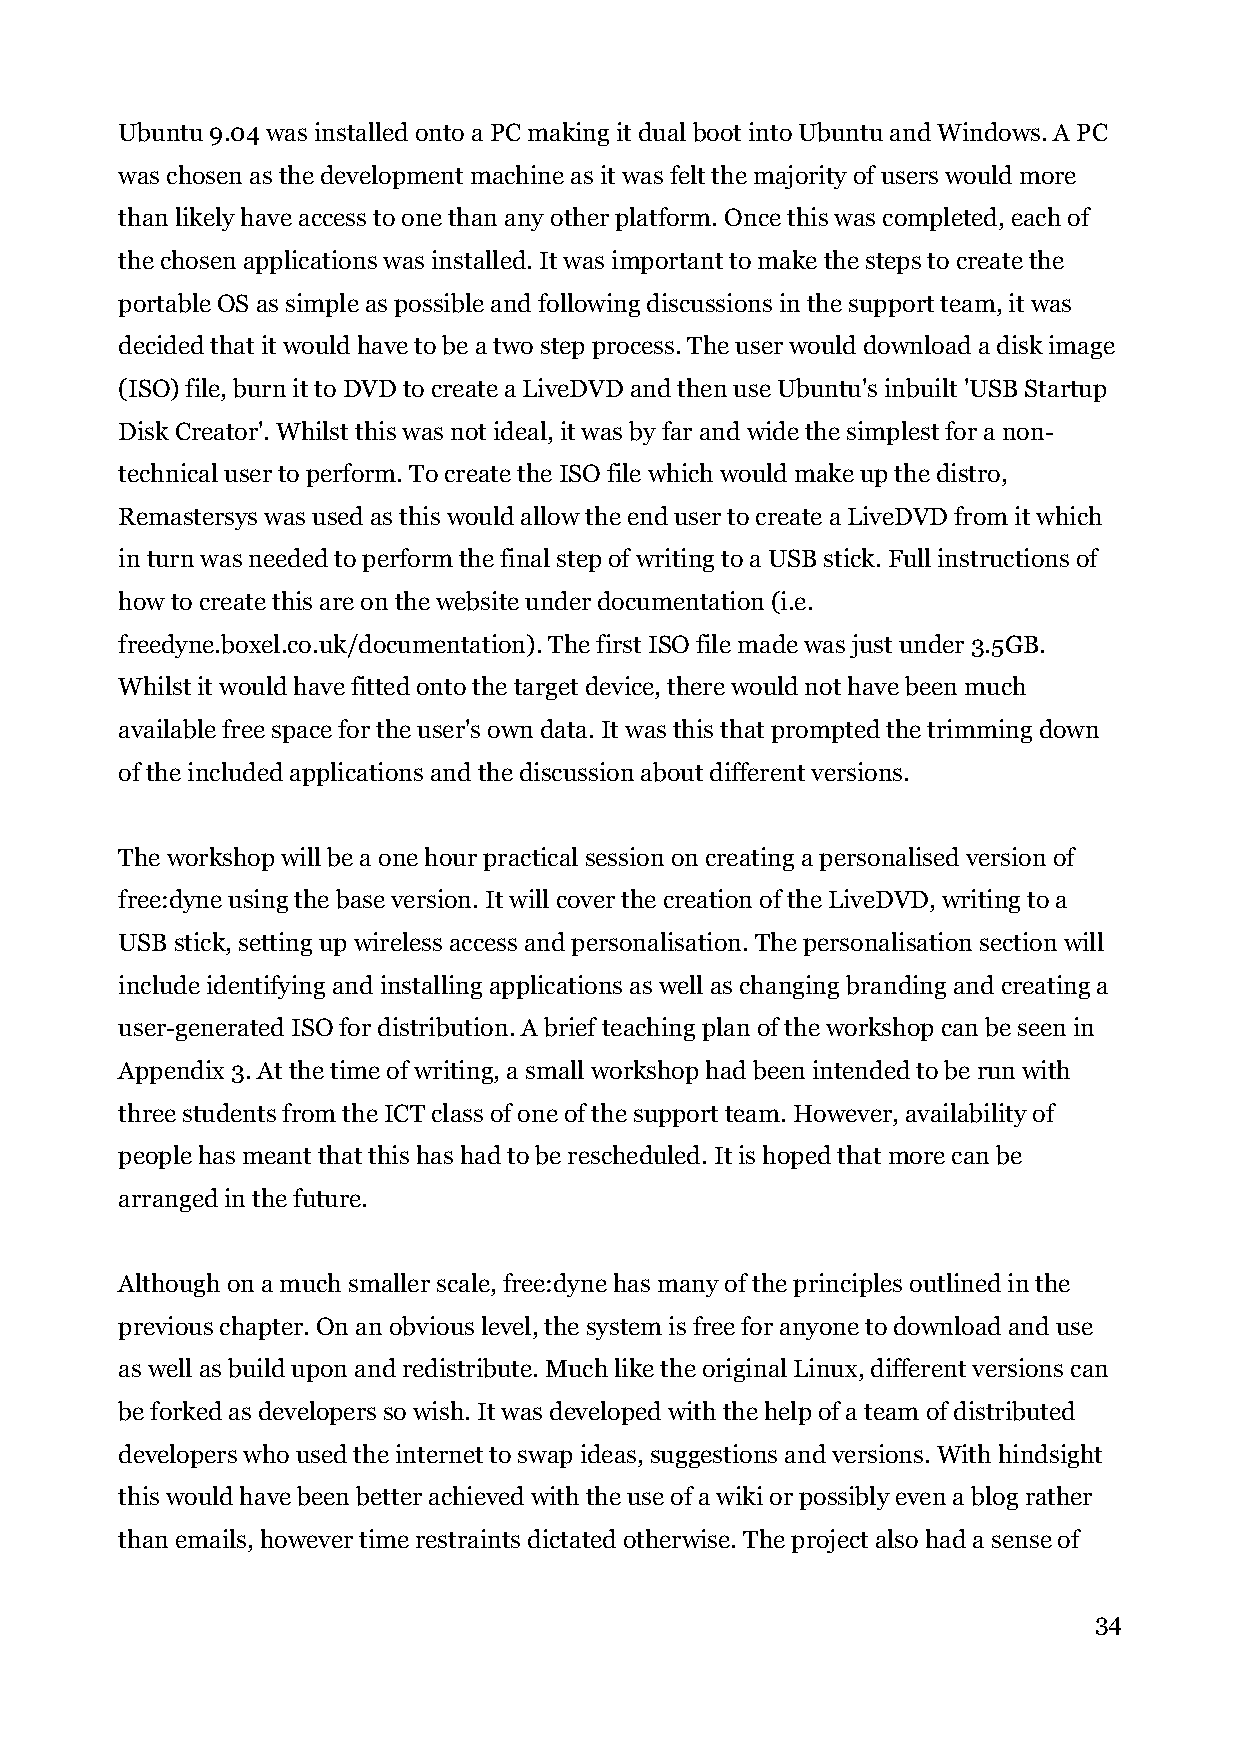
Ubuntu 9.04 was installed onto a PC making it dual boot into Ubuntu and Windows. A PC
 was chosen as the development machine as it was felt the majority of users would more
 than likely have access to one than any other platform. Once this was completed, each of
 the chosen applications was installed. It was important to make the steps to create the
 portable OS as simple as possible and following discussions in the support team, it was
 decided that it would have to be a two step process. The user would download a disk image
 (ISO) file, burn it to DVD to create a LiveDVD and then use Ubuntu's inbuilt 'USB Startup
 Disk Creator'. Whilst this was not ideal, it was by far and wide the simplest for a non-
 technical user to perform. To create the ISO file which would make up the distro,
 Remastersys was used as this would allow the end user to create a LiveDVD from it which
 in turn was needed to perform the final step of writing to a USB stick. Full instructions of
 how to create this are on the website under documentation (i.e.
 freedyne.boxel.co.uk/documentation). The first ISO file made was just under 3.5GB.
 Whilst it would have fitted onto the target device, there would not have been much
 available free space for the user's own data. It was this that prompted the trimming down
 of the included applications and the discussion about different versions.
 The workshop will be a one hour practical session on creating a personalised version of
 free:dyne using the base version. It will cover the creation of the LiveDVD, writing to a
 USB stick, setting up wireless access and personalisation. The personalisation section will
 include identifying and installing applications as well as changing branding and creating a
 user-generated ISO for distribution. A brief teaching plan of the workshop can be seen in
 Appendix 3. At the time of writing, a small workshop had been intended to be run with
 three students from the ICT class of one of the support team. However, availability of
 people has meant that this has had to be rescheduled. It is hoped that more can be
 arranged in the future.
 Although on a much smaller scale, free:dyne has many of the principles outlined in the
 previous chapter. On an obvious level, the system is free for anyone to download and use
 as well as build upon and redistribute. Much like the original Linux, different versions can
 be forked as developers so wish. It was developed with the help of a team of distributed
 developers who used the internet to swap ideas, suggestions and versions. With hindsight
 this would have been better achieved with the use of a wiki or possibly even a blog rather
 than emails, however time restraints dictated otherwise. The project also had a sense of
 34